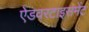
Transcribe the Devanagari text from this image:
ऐडवरटाइसमेंट